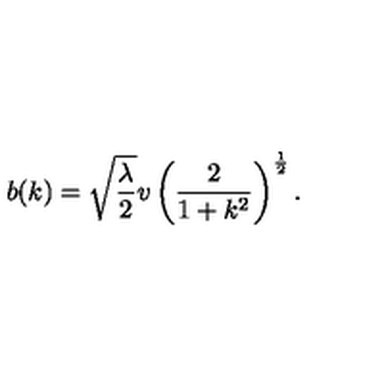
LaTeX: b ( k ) = \sqrt { \frac { \lambda } { 2 } } v \left( \frac { 2 } { 1 + k ^ { 2 } } \right) ^ { \frac { 1 } { 2 } } .